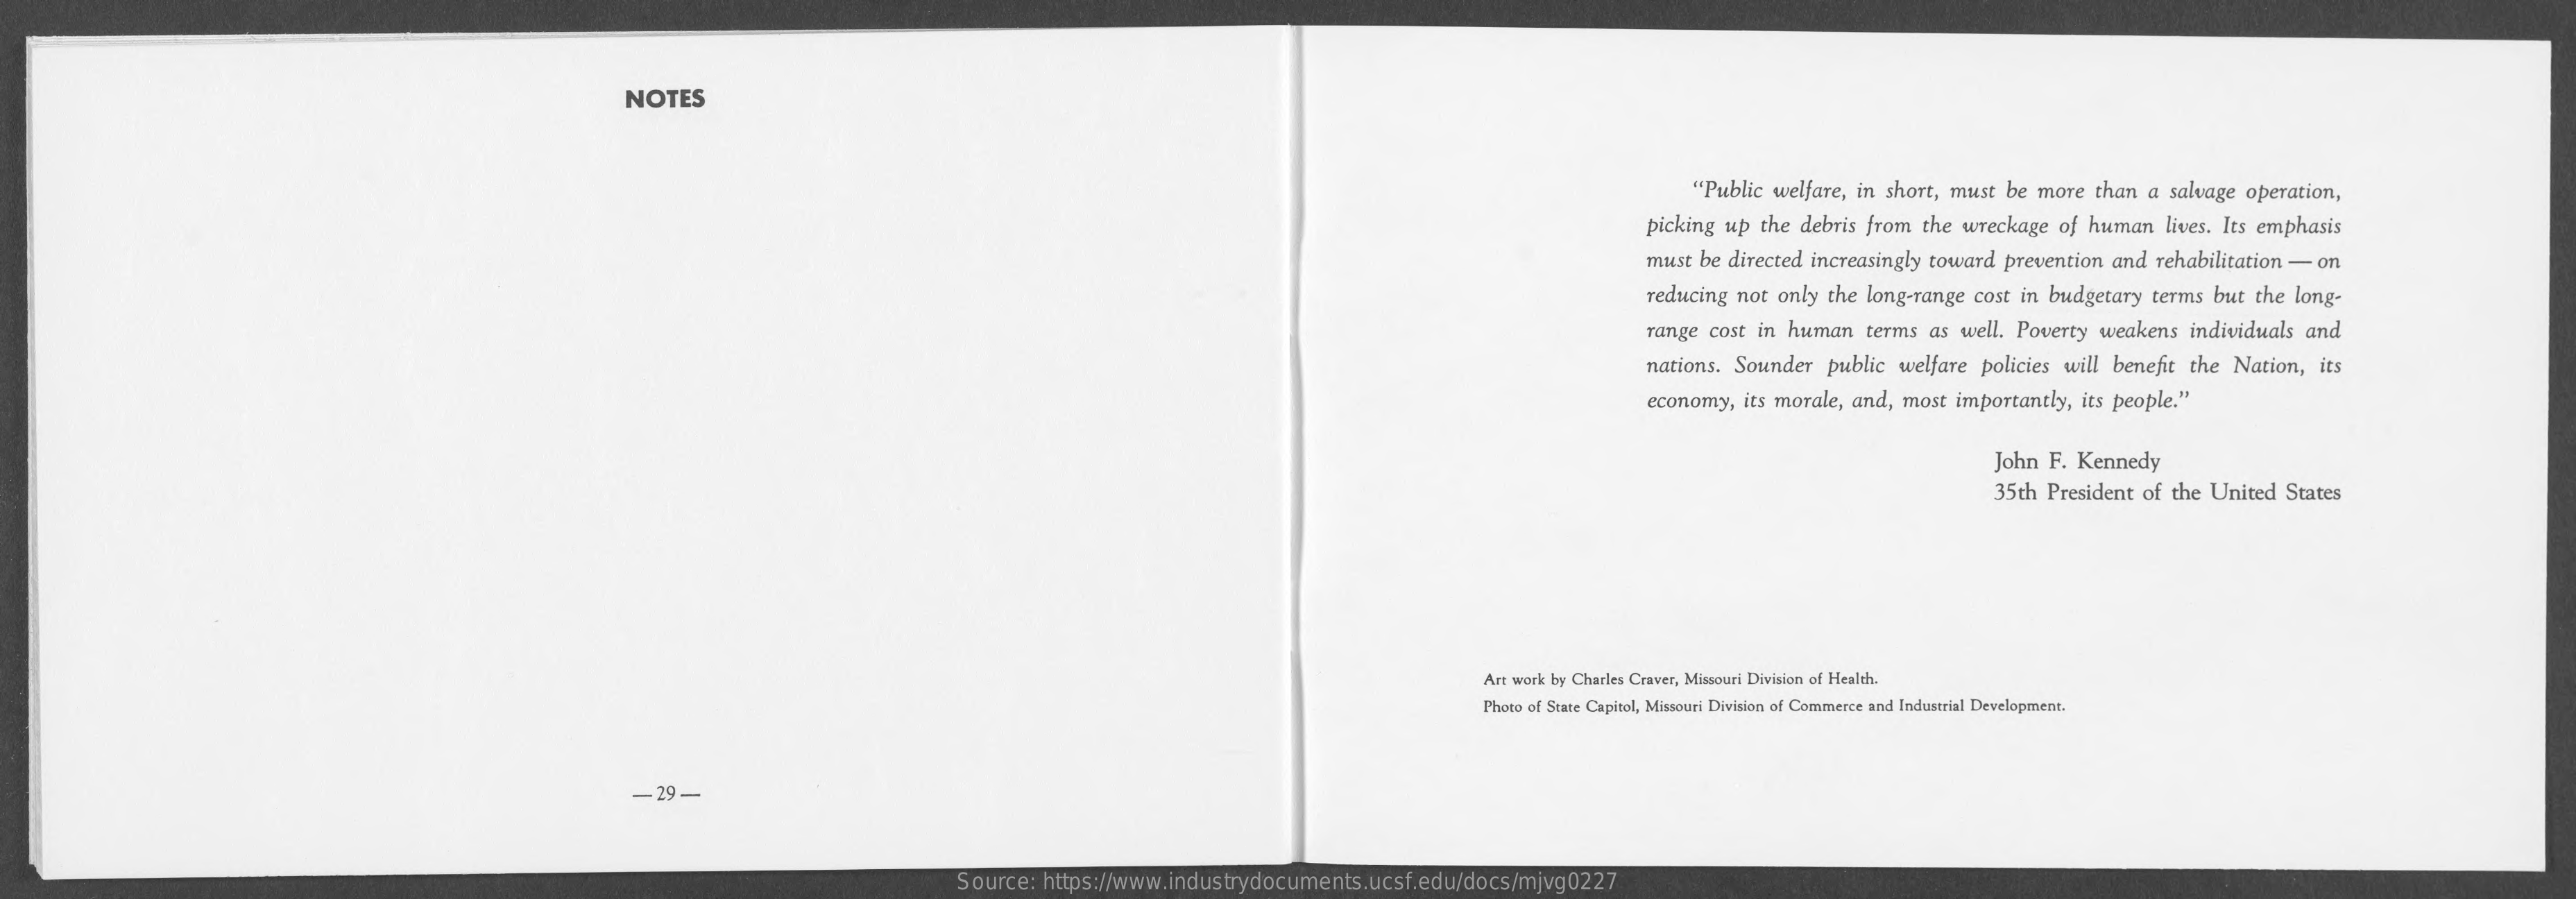
NOTES
     "Public   welfare,  in short,  must   be  more   than  a  salvage  operation,
     picking   up  the  debris  from   the  wreckage   of  human    lives. Its emphasis
     must   be directed  increasingly   toward   prevention   and  rehabilitation  -   on
     reducing   not  only  the  long-range   cost  in budgetary    terms  but  the  long-
     range   cost  in human    terms   as  well. Poverty    weakens   individuals   and
     nations.   Sounder    public   welfare   policies  will  benefit  the   Nation,   its
     economy,   its morale,  and,   most  importantly,   its people."
     John  F.  Kennedy
     35th  President   of the  United   States
     Art work by Charles Craver, Missouri Division of Health.
     Photo of State Capitol, Missouri Division of Commerce and Industrial Development.
     -29-
     Source:    https://www.industrydocuments.ucsf.edu/docs/mjvg0227